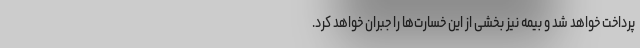
پرداخت خواهد شد و بیمه نیز بخشی از این خسارت‌ها را جبران خواهد کرد.